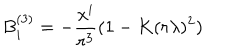
LaTeX: B _ { i } ^ { ( 3 ) } = - { \frac { x ^ { i } } { r ^ { 3 } } } ( 1 - K ( r \lambda ) ^ { 2 } )